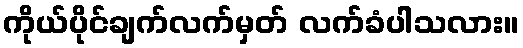
ကိုယ်ပိုင်ချက်လက်မှတ် လက်ခံပါသလား။